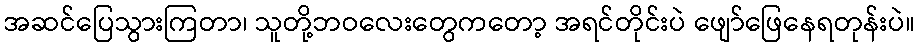
အဆင်ပြေသွားကြတာ၊ သူတို့ဘဝလေးတွေကတော့ အရင်တိုင်းပဲ ဖျော်ဖြေနေရတုန်းပဲ။